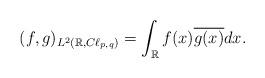
LaTeX: \begin{align*}(f,g)_{L^2(\mathbb{R},C\ell_{p, q})} = \int_\mathbb{R}f(x)\overline{g(x)}dx .\end{align*}